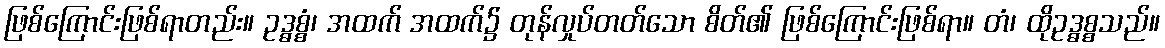
ဖြစ်ကြောင်းဖြစ်ရာတည်း။ ဥဒ္ဓစ္စံ၊ အထက် အထက်၌ တုန်လှုပ်တတ်သော စိတ်၏ ဖြစ်ကြောင်းဖြစ်ရာ။ တံ၊ ထိုဥဒ္ဓစ္စသည်။